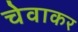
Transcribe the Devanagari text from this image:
चेवाकर